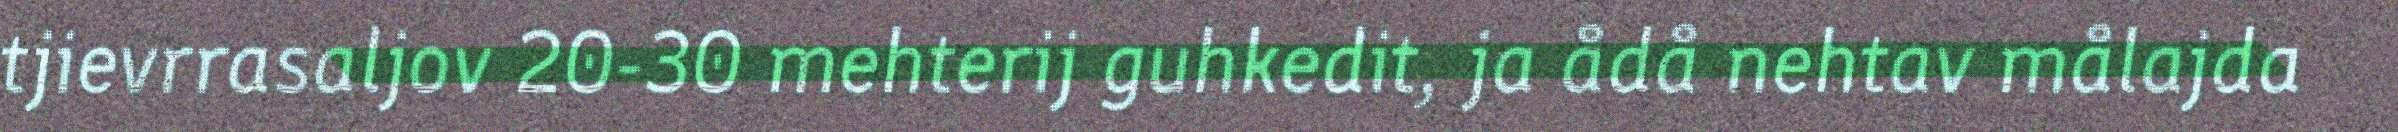
tjievrrasaljov 20-30 mehterij guhkedit, ja ådå nehtav målajda